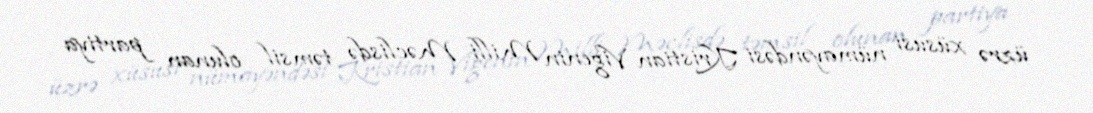
üzrə xüsusi nümayəndəsi Kristian Vigenin Milli Məclisdə təmsil olunan partiya